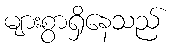
များစွာရှိနေသည်